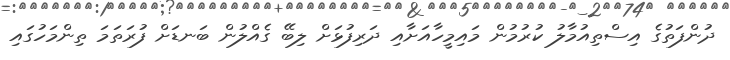
ދުންފަތުގެ އިސްތިއުމާލު ކުރުމުން މައިމީހާއަށާއި ދަރިފުޅަށް ލިބޭ ގެއްލުން ބަނޑަށް ފުރަތަމަ ތިންމަހުގައި